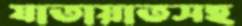
যাতায়াতসহ